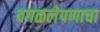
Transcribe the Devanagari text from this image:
वगळलेपणाचा